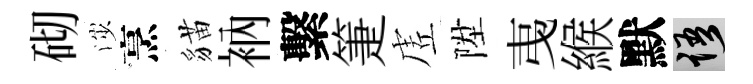
砌渉烹貓衲繫箑虗陞𢎯緱默語